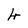
Character: 4